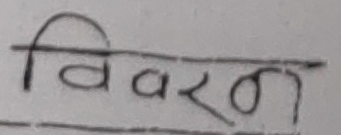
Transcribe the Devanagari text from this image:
विवरण